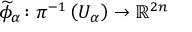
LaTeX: { \widetilde { \phi } } _ { \alpha } \colon \pi ^ { - 1 } \left( U _ { \alpha } \right) \to \mathbb { R } ^ { 2 n }